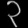
Digit: ၃